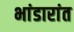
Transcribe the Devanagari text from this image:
भांडारांत